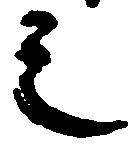
之